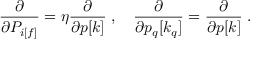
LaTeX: \frac { \partial } { \partial P _ { i [ f ] } } = \eta \frac { \partial } { \partial p [ k ] } \; , \quad \frac { \partial } { \partial p _ { q } [ k _ { q } ] } = \frac { \partial } { \partial p [ k ] } \; .